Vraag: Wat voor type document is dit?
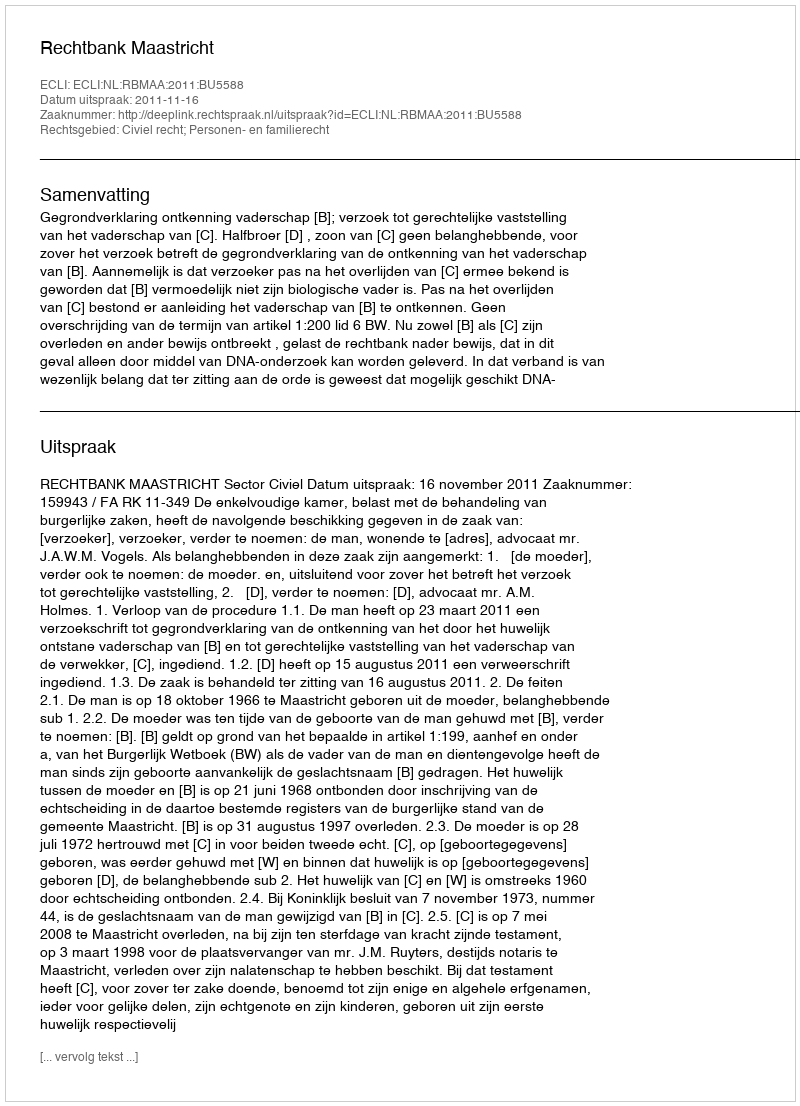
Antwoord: Uitspraak